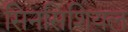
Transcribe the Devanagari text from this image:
सिनसिशियल